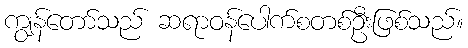
ကျွန်တော်သည် ဆရာဝန်ပေါက်စတစ်ဦးဖြစ်သည်။